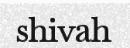
shivah